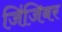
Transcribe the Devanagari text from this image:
जिंजिबर